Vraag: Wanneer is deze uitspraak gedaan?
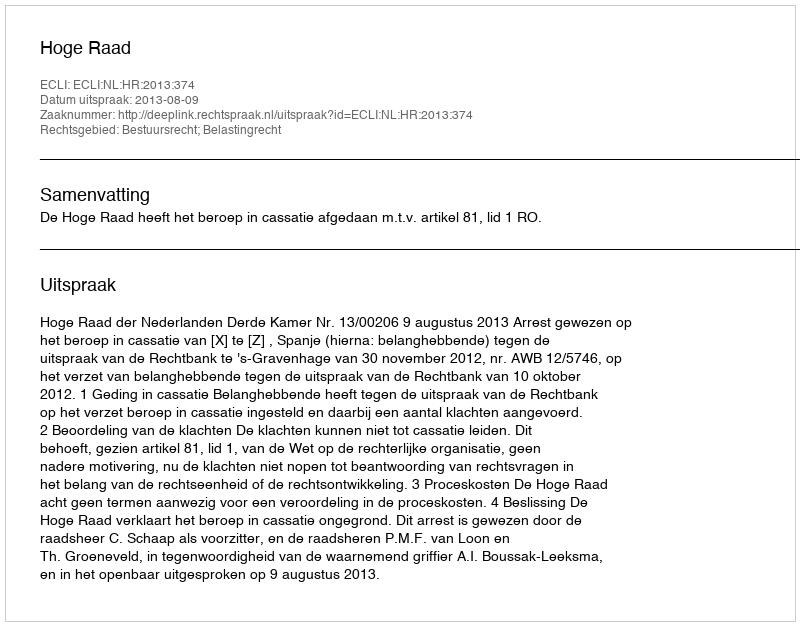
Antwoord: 2013-08-09